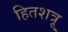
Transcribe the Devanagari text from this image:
हितशत्रू